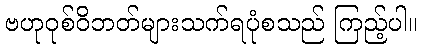
ဗဟုဝုစ်ဝိဘတ်များသက်ရပုံစသည် ကြည့်ပါ။